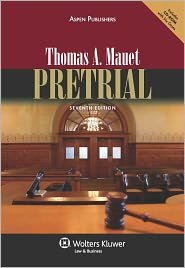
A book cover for Pretrial 7th (seventh) edition Text Only; Thomas A. Mauet; Law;